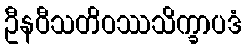
ဦနဝီသတိဝဿသိက္ခာပဒံ